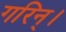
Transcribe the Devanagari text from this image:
गरिन्।